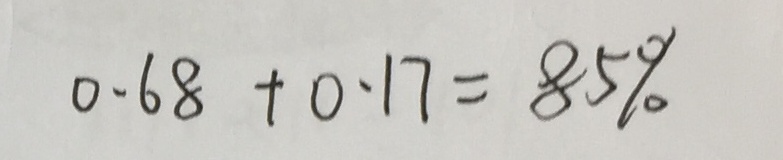
0 . 6 8 + 0 . 1 7 = 8 5 \%